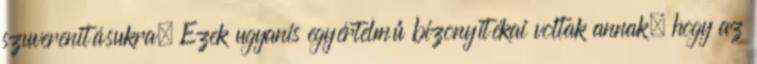
szuverenitásukra. Ezek ugyanis egyértelmű bizonyítékai voltak annak, hogy az